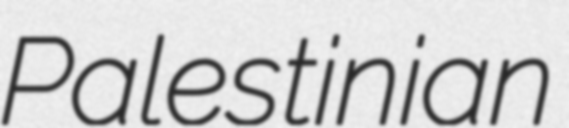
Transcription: Palestinian